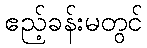
ဧည့်ခန်းမတွင်